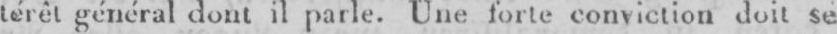
térêt généraldontil parle. Une forte convictiondoit se